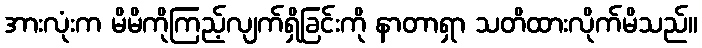
အားလုံးက မိမိကိုကြည့်လျက်ရှိခြင်းကို နာတာရှာ သတိထားလိုက်မိသည်။